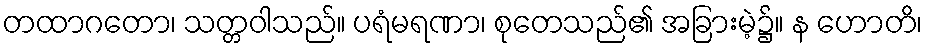
တထာဂတော၊ သတ္တဝါသည်။ ပရံမရဏာ၊ စုတေသည်၏ အခြားမဲ့၌။ န ဟောတိ၊